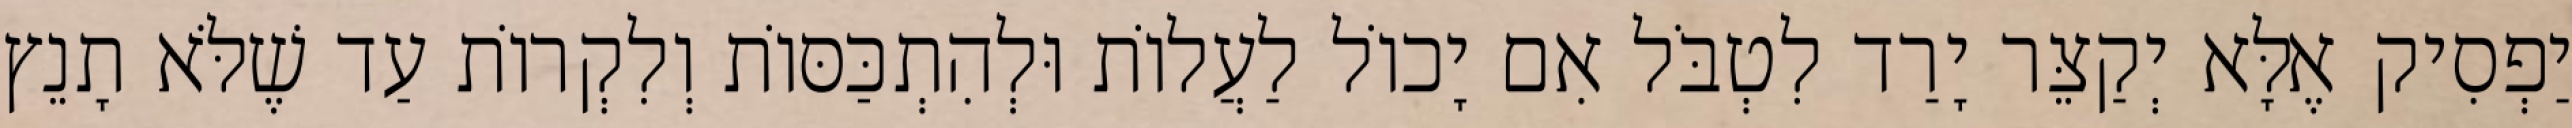
יַפְסִיק אֶלָּא יְקַצֵּר יָרַד לִטְבֹּל אִם יָכוֹל לַעֲלוֹת וּלְהִתְכַּסּוֹת וְלִקְרוֹת עַד שֶׁלֹּא תָנֵץ